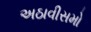
અઠાવીસમો